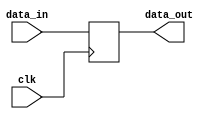
module edge_triggered_latch(
    input wire clk,
    input wire data_in,
    output reg data_out
);

reg data_reg;

always @(posedge clk) begin
    data_reg <= data_in;
end

assign data_out = data_reg;

endmodule